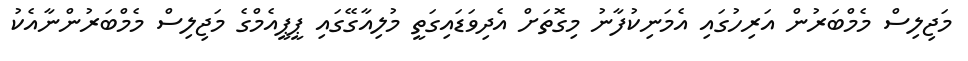
މަޖިލިސް މެމްބަރުން އަރިހުގައި އެމަނިކުފާނު މިގޮތަށް އެދިވަޑައިގަތީ މުލިއާގޭގައި ޕީޕީއެމްގެ މަޖިލިސް މެމްބަރުންނާއެކު